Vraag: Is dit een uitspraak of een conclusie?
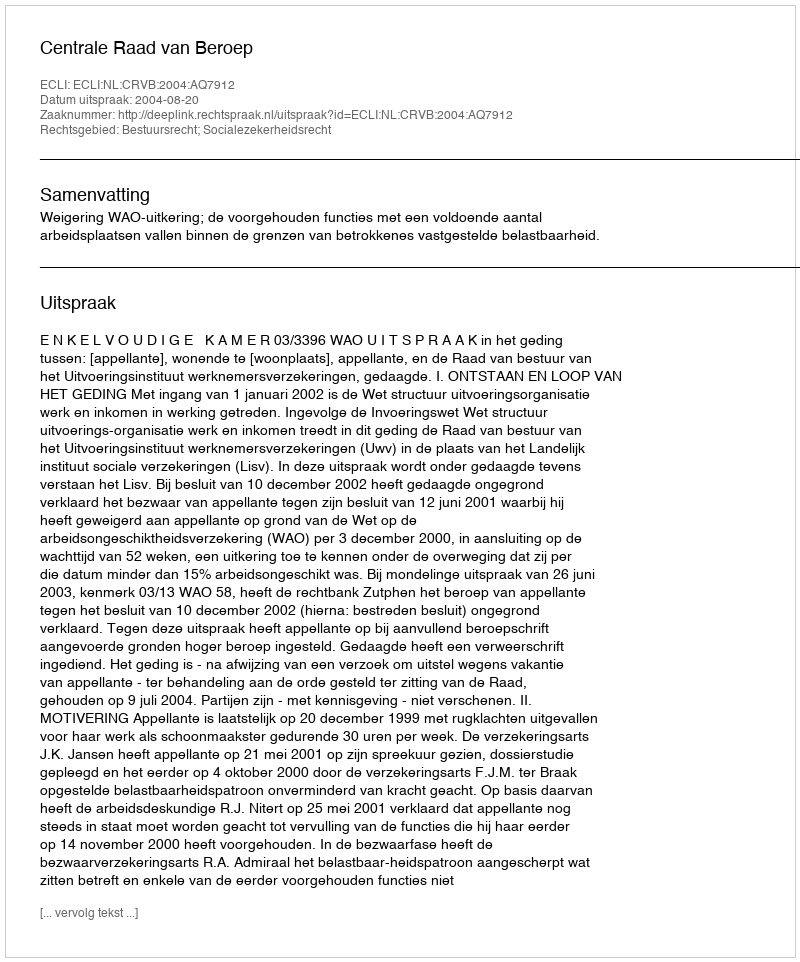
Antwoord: Uitspraak